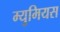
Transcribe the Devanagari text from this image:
म्युमियस